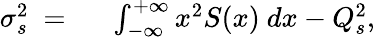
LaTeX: \begin{array}{rl}{\sigma_{s}^{2}\ =\ }&{{}\int_{-\infty}^{+\infty}x^{2}S(x)\ dx-Q_{s}^{2},}\end{array}